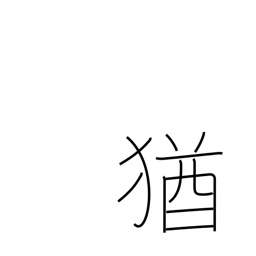
Meaning: still